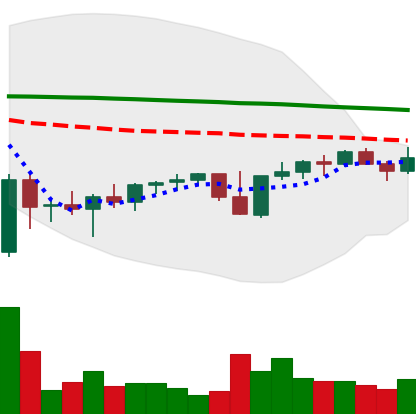
Ticker: XMR-USD
Chart end date: 2022-11-29
Forward return: 3.532%
Label: up_3_5